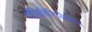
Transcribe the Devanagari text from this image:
पॉलिविनिलिडीन